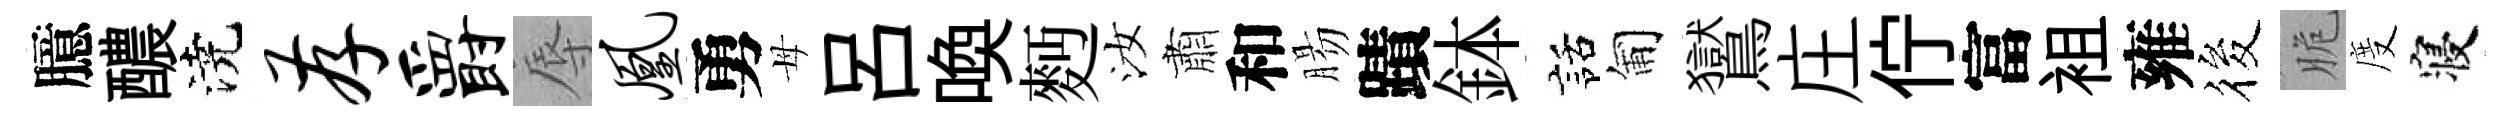
臆醲澆存爵辱凰勇母呂喚麪汝肅和腸蹟鉢話匍鸑庄佇富袓雍筱脆度寝